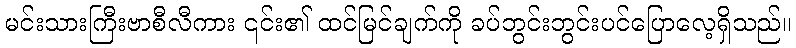
မင်းသားကြီးဗာစီလီကား ၎င်း၏ ထင်မြင်ချက်ကို ခပ်ဘွင်းဘွင်းပင်ပြောလေ့ရှိသည်။